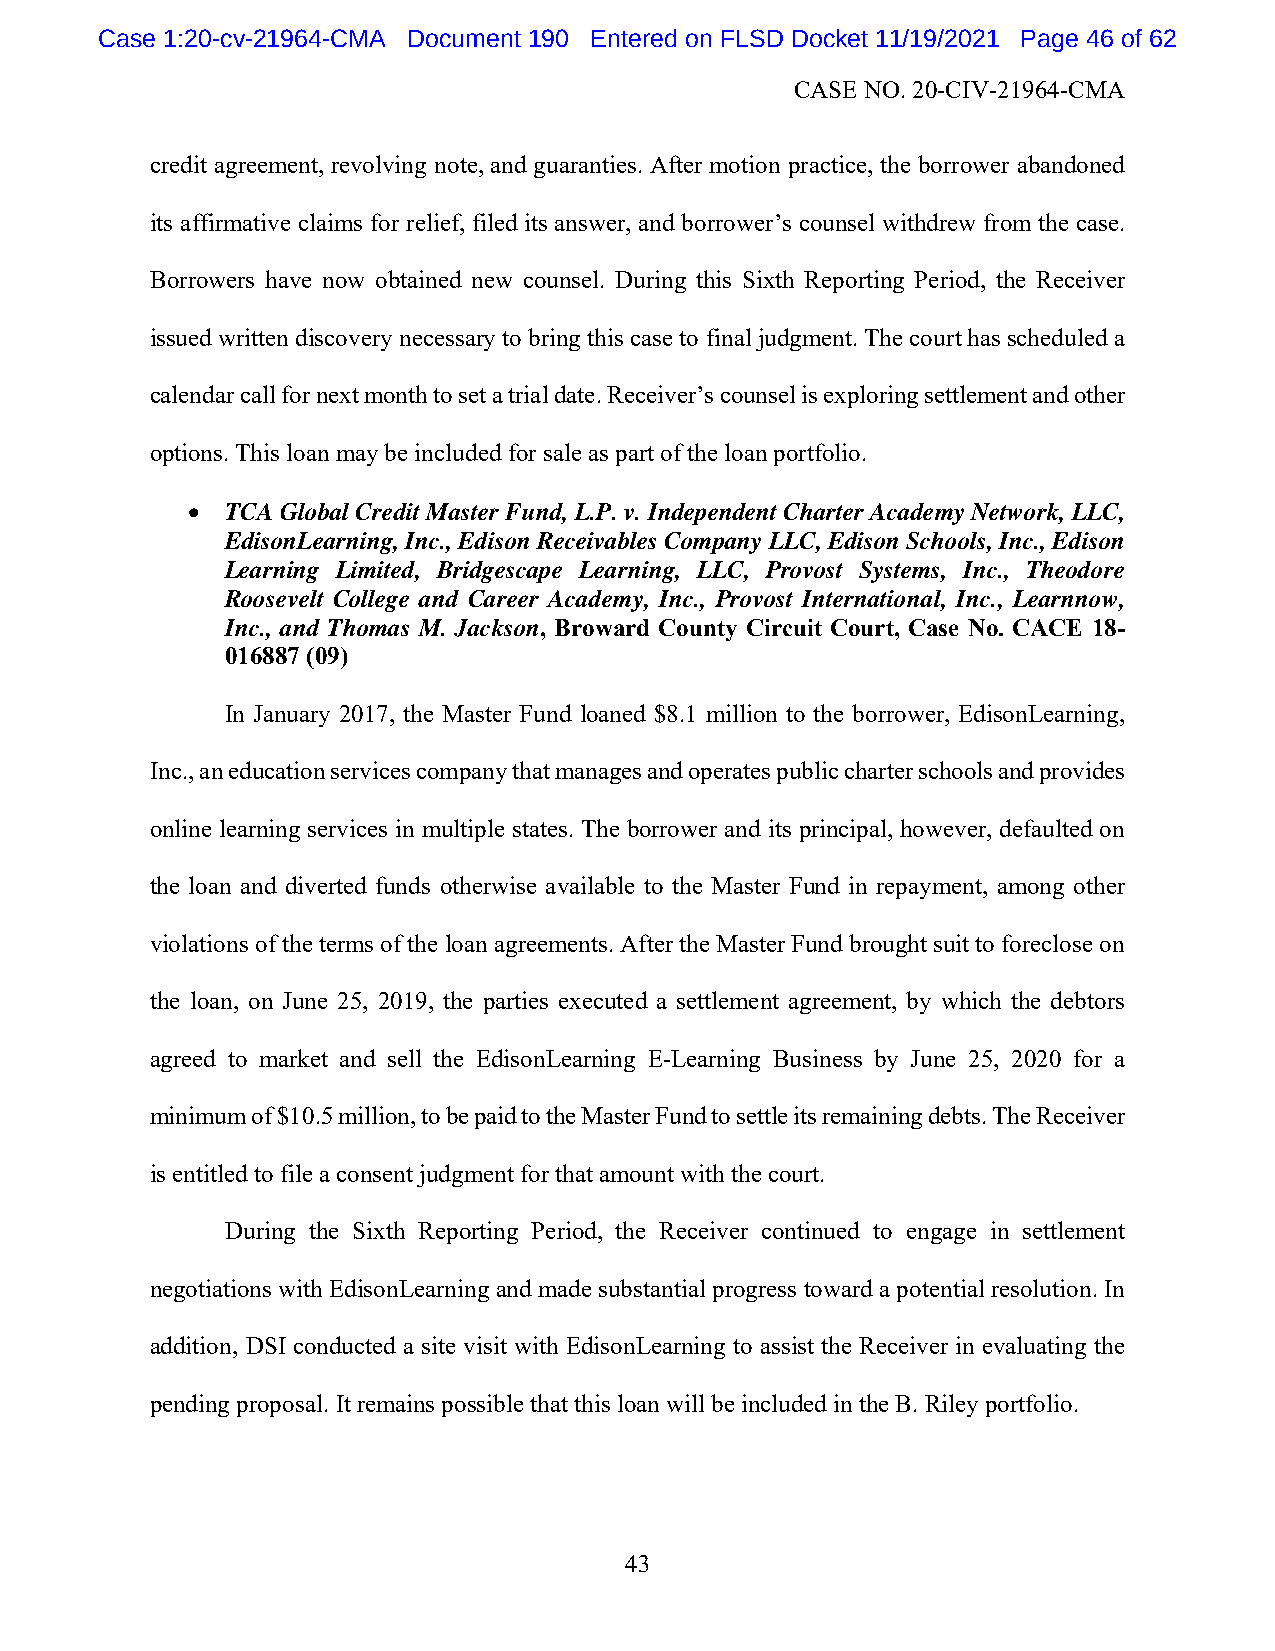
Case 1:20-cv-21964-CMA Document 190 Entered on FLSD Docket 11/19/2021 Page 46 of 62
 CASE NO. 20-CIV-21964-CMA
 credit agreement, revolving note, and guaranties. After motion practice, the borrower abandoned
 its affirmative claims for relief, filed its answer, and borrower’s counsel withdrew from the case.
 Borrowers have now obtained new counsel. During this Sixth Reporting Period, the Receiver
 issued written discovery necessary to bring this case to final judgment. The court has scheduled a
 calendar call for next month to set a trial date. Receiver’s counsel is exploring settlement and other
 options. This loan may be included for sale as part of the loan portfolio.
   TCA Global Credit Master Fund, L.P. v. Independent Charter Academy Network, LLC,
 EdisonLearning, Inc., Edison Receivables Company LLC, Edison Schools, Inc., Edison
 Learning Limited, Bridgescape Learning, LLC, Provost Systems, Inc., Theodore
 Roosevelt College and Career Academy, Inc., Provost International, Inc., Learnnow,
 Inc., and Thomas M. Jackson, Broward County Circuit Court, Case No. CACE 18-
 016887 (09)
 In January 2017, the Master Fund loaned $8.1 million to the borrower, EdisonLearning,
 Inc., an education services company that manages and operates public charter schools and provides
 online learning services in multiple states. The borrower and its principal, however, defaulted on
 the loan and diverted funds otherwise available to the Master Fund in repayment, among other
 violations of the terms of the loan agreements. After the Master Fund brought suit to foreclose on
 the loan, on June 25, 2019, the parties executed a settlement agreement, by which the debtors
 agreed to market and sell the EdisonLearning E-Learning Business by June 25, 2020 for a
 minimum of $10.5 million, to be paid to the Master Fund to settle its remaining debts. The Receiver
 is entitled to file a consent judgment for that amount with the court.
 During the Sixth Reporting Period, the Receiver continued to engage in settlement
 negotiations with EdisonLearning and made substantial progress toward a potential resolution. In
 addition, DSI conducted a site visit with EdisonLearning to assist the Receiver in evaluating the
 pending proposal. It remains possible that this loan will be included in the B. Riley portfolio.
 43